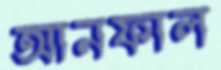
আনফাল